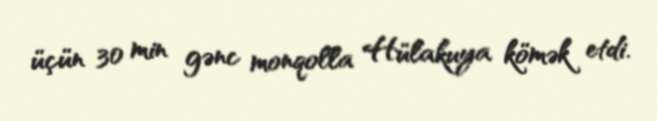
üçün 30 min gənc monqolla Hülakuya kömək etdi.